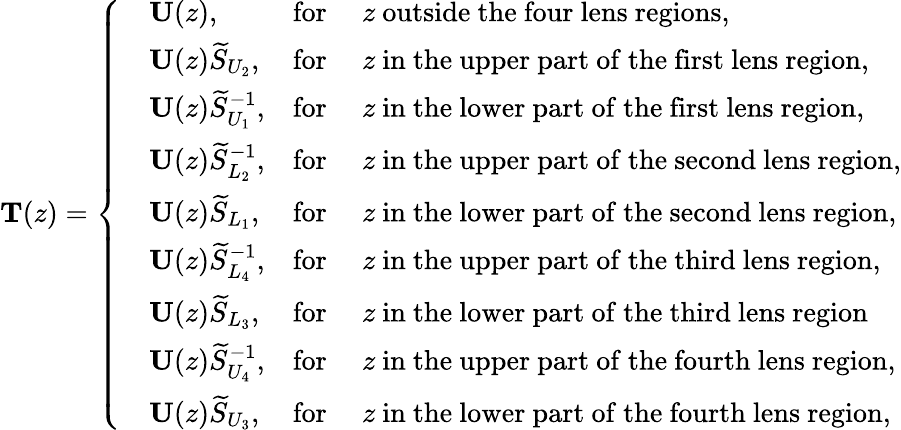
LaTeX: \mathbf{T}(z)=\left\{ \begin{array}{rlrl}&{\mathbf{U}(z),}&{\mathrm{for}\ }&{z\ \mathrm{outside\ the\ four\ lens\ regions},}\\ &{\mathbf{U}(z)\widetilde{S}_{U_{2}},}&{\mathrm{for}\ }&{z\ \mathrm{in\ the\ upper\ part\ of\ the\ first\ lens\ region},}\\ &{\mathbf{U}(z)\widetilde{S}_{U_{1}}^{-1},}&{\mathrm{for}\ }&{z\ \mathrm{in\ the\ lower\ part\ of\ the\ first\ lens\ region},}\\ &{\mathbf{U}(z)\widetilde{S}_{L_{2}}^{-1},}&{\mathrm{for}\ }&{z\ \mathrm{in\ the\ upper\ part\ of\ the\ second\ lens\ region},}\\ &{\mathbf{U}(z)\widetilde{S}_{L_{1}},}&{\mathrm{for}\ }&{z\ \mathrm{in\ the\ lower\ part\ of\ the\ second\ lens\ region},}\\ &{\mathbf{U}(z)\widetilde{S}_{L_{4}}^{-1},}&{\mathrm{for}\ }&{z\ \mathrm{in\ the\ upper\ part\ of\ the\ third\ lens\ region},}\\ &{\mathbf{U}(z)\widetilde{S}_{L_{3}},}&{\mathrm{for}\ }&{z\ \mathrm{in\ the\ lower\ part\ of\ the\ third\ lens\ region}}\\ &{\mathbf{U}(z)\widetilde{S}_{U_{4}}^{-1},}&{\mathrm{for}\ }&{z\ \mathrm{in\ the\ upper\ part\ of\ the\ fourth\ lens\ region},}\\ &{\mathbf{U}(z)\widetilde{S}_{U_{3}},}&{\mathrm{for}\ }&{z\ \mathrm{in\ the\ lower\ part\ of\ the\ fourth\ lens\ region},}\end{array}\right.